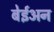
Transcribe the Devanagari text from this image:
बेईअन